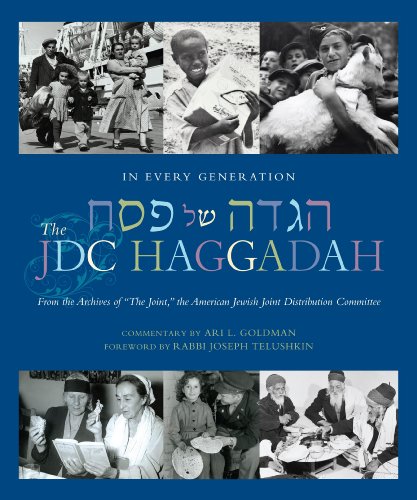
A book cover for In Every Generation: The JDC Haggadah; Ari L. Goldman; Religion & Spirituality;